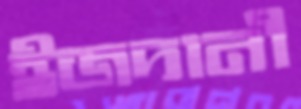
ইজদানী